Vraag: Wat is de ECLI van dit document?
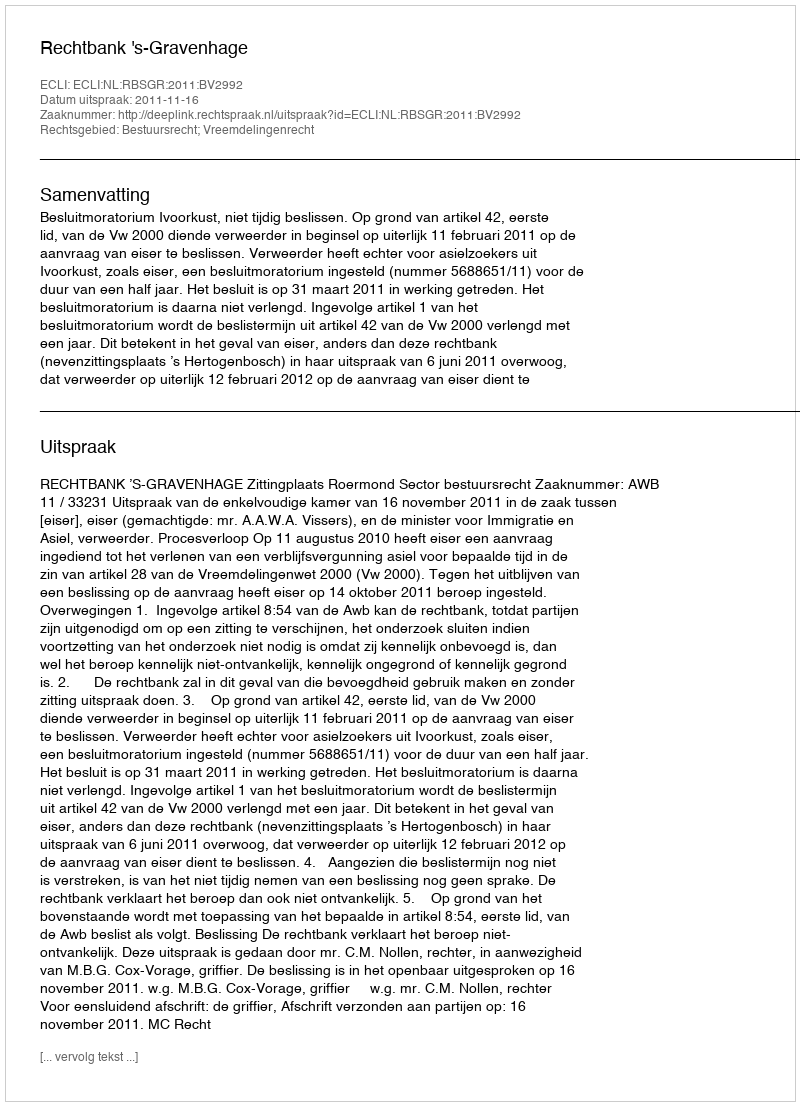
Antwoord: ECLI:NL:RBSGR:2011:BV2992